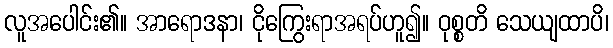
လူအပေါင်း၏။ အာရောဒနာ၊ ငိုကြွေးရာအရပ်ဟူ၍။ ဝုစ္စတိ သေယျထာပိ၊